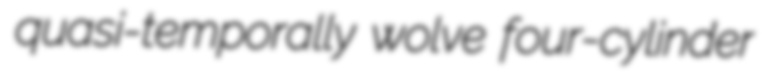
quasi-temporally wolve four-cylinder